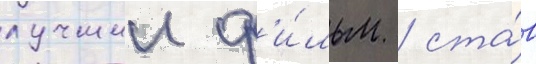
лучшии ф'и́льм / ста́в